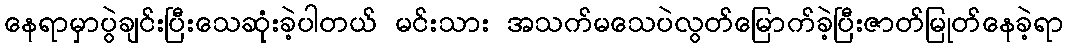
နေရာမှာပွဲချင်းပြီးသေဆုံးခဲ့ပါတယ် မင်းသား အသက်မသေပဲလွတ်မြောက်ခဲ့ပြီးဇာတ်မြုတ်နေခဲ့ရာ